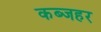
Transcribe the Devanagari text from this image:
कब्जहर